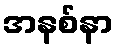
အနစ်နာ